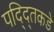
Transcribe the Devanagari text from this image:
पद्द्तिकडे